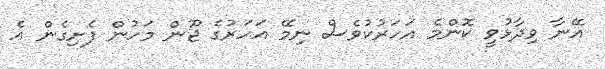
އޭނާ ވިދާޅުވީ ކޮންމެ އަހަރުކުވެސް ނިމޭ އަހަރުގެ ޖޫން މަހުން ފެށިގެން އެ